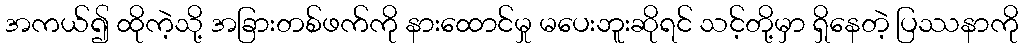
အကယ်၍ ထိုကဲ့သို့ အခြားတစ်ဖက်ကို နားထောင်မှု မပေးဘူးဆိုရင် သင့်တို့မှာ ရှိနေတဲ့ ပြဿနာကို